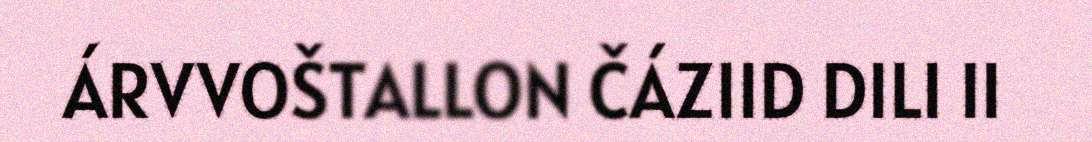
ÁRVVOŠTALLON ČÁZIID DILI II